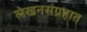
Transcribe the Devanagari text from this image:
लेखनसंग्रहात